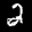
Label: 2